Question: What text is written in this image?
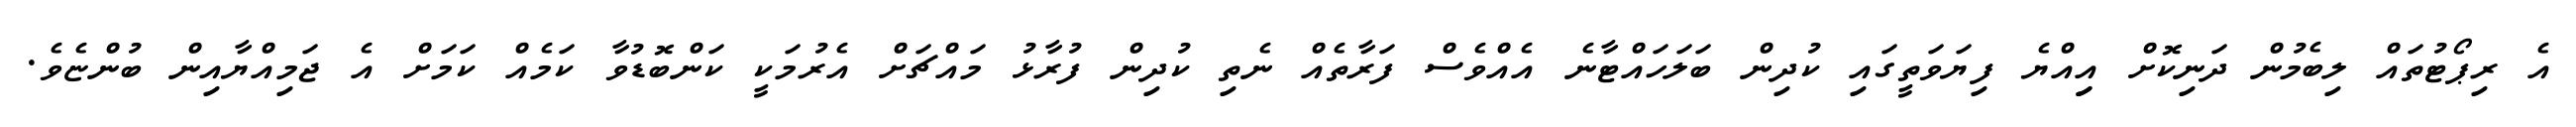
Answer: އެ ރިޕޯޓުތައް ލިބެމުން ދަނިކޮށް އިިއްޔެ ފިޔަވަތީގައި ކުދިން ބަލަހައްޓާނެ އެއްވެސް ފަރާތެއް ނެތި ކުދިން ފުރާޅު މައްޗަށް އެރުމަކީ ކަންބޮޑުވާ ކަމެއް ކަމަށް އެ ޖަމިއްޔާއިން ބުންޏެވެ.